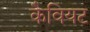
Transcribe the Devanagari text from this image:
कैवियट